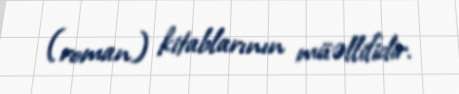
(roman) kitablarının müəllifidir.